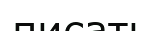
писать